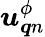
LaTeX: \boldsymbol{u}_{\boldsymbol{q}n}^{\phi}